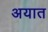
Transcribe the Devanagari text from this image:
अयात